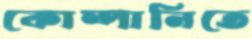
কোম্পানিতে